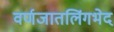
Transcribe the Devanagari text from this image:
वर्णजातलिंगभेद